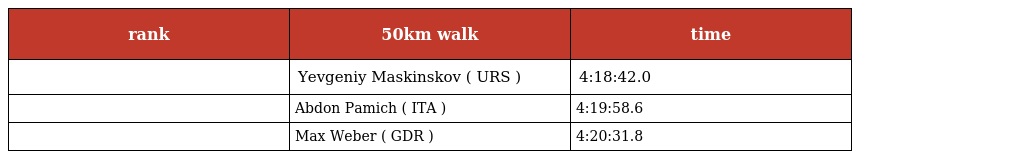
| rank | 50km walk | time |
 | --- | --- | --- |
 |  | Yevgeniy Maskinskov ( URS ) | 4:18:42.0 |
 |  | Abdon Pamich ( ITA ) | 4:19:58.6 |
 |  | Max Weber ( GDR ) | 4:20:31.8 |